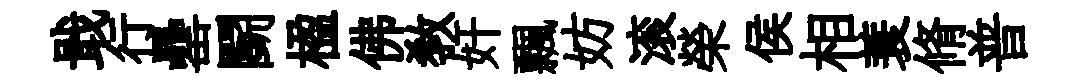
戢行罍鬬楹佛教奸飄妨滚榮侯相蓑脩普